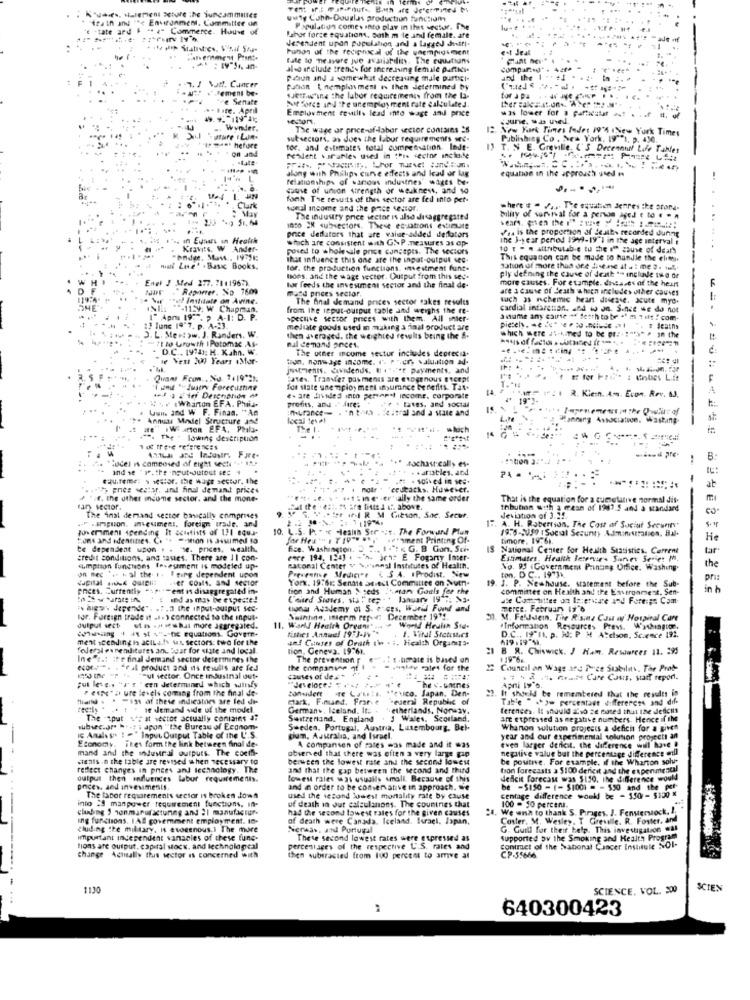
iza in and " *< Environment. Committee on
uwty Cobb-Douglas production function
-tate and . " z" Commerce. Houve of
Population comes into play in Ihet sector. The
Jerendent upon population and a lagged diffi.
Bahar forge equations, both m le and female. afe
Punon of the reciprocal of the unempidiment
et Jeat
Fate to nelsure jue availability. The euuutiuns
also include trends for increasing female partidi-
1. 1 \att. Cancer
Paliun and a somewhat decreasing male particl-
and the 1.
Tement be-
Putión { nemple ment i then determined by
e Senate
Sof fores and "Pe unemployment rate calculated.
"Jetrw'ine the labor requirements from the la-
tor J pa
April
Employment reuilly lead into wage and price
was lower for a partecur .. . .
June, was Tel.
Win
The wage ar price-ofdaber sector contains =5
12 New York Times foder 19's New York Times
sutsectors, as does the labor requirements see-
Publishing Co . New York, 19""), p. 430.
on and
hefure
tor. and estimates total compensation. Inde-
11
T. N. E. Greville ('S Derennuit Life Tables
Pe'Nent varables thed in this sector include
along with Philips curve effects and lead or lag
equation in the approach used
relationships of various industnes" wages be-
cause of union strength or weakness, and so
foch The results of thes sector are fed into per-
May
. Clark
tonal income and the price sector.
where # . / ... The equation demres the stor-
The industry price sector is also disaggregated
blity of survival for a person aged e to . . .
Into 2% sursectors. These ecuatrons estimute
Jes is the proportion of Seules recorded dunng
.. in Einars ın Health
price dedators that are value-added deflators
which are consistent with GNP measures as op-
the 3-year period 1999-19'I in the age interval i
Kravits. W Ander-
posed to wholesale price concepts. The sectors
10 t - - attributable to the off souse of death
that influence this one are the input-output sec.
This equation can be made to handle the elithi,
miall Zuse' . Basic Books.
tor. the production functions. investment fund-
sation of more than one disease at a : me 2. mul ..
Engl J Med 277. 78119672
hoes. and the wage sector. Output from this sep-
more causes. For example. dhcases of the hein
ply defining the cause of death to include two or
"Rapowner, No 7609
hor feeds the investment sector and the final de-
mood prices sector.
are s cause of death which includes other couves
War of institute on Avine.
The Anal demand prices sector cakes results
such as nchemic heart disease, acute myo.
NIE: "-1159; W Chapman.
from the input-output table and weighs the re-
cardial intaretion. and io on. Since we do not
I" Apri 19:". > A-1: D. P.
spective sector prees with them. All inter-
a vame any caire ** fetth to be "' mit!com-
:2 June 19"7. p. A .: 3.
meluate goods used in making a final product are
3. L. Ment >w. J. Randers. W.
auto Growth | Potomac As-
then averaged. the weighted results being the &-
which were #1-kmed to be pre- : "s" . on the
D.C ., 1974); M. Kuhn. W.
nul cemand ances.
The uther moume seutur includes deprecia.
..........
le Vest 200 Years .Mor-
ton, nonwage income. r. frere valuation ad.
jochents. Cuidends, I .t.ist payments, and
Quams Fcon .. No. 7.19'2.
Pates. Transfer payments are exogenous secept
Tjamit "- Justry Forecustine
for state unemployment insurance benefits. Tat+
f . IfI R. Kiein. Am. Econ. Rev. 63.
Vy Wharton EFA. Phis-
e- are divided into personal income. corporate
#' 19"]-
Www. and W F. Finas. "An
:nurance- . "non . iral and a sale and
profits, and ." fire;
- . lates, and social
Annual Model Structure and
local level
Manning Association. Washing
" W atten EFA, Phila-
The I
14
- The- lowing description
. The
No frece references
:scel is composed of eight seen + .. ..
*** sochastically es-
..
and we 're.the input-output ses 4
cau.feme: s sector, the wage sector. the
.# . saved in se ..
at
."> pnee seatsr, and final demant prices
1 motr : 'ceutacks. However.
if, the other income sector, and the mone-
. .. 1 ; ine-er'sally the same order
That is the equation for a cumtelilive normal dis-
thbution with a mean of 1987.5 and a standard
.- " -amiguion, anteument. foreign trade, and
The inal derand sector basically comprises
. ter (f R M Gibson, Sac. Secer.
Jeviaton of 3.15.
powerment spending It scutists of 131 aqua-
10. L.S. P. " K Health Str .It. The Formand Plum
IF. A. H. Robertson, The Cost of Social Security
Fons and identines. C. ** = cion is assumed to
serament Printing Of-
timore. 19761.
He
te dependent upon . . se. prices, wealth,
fice. Washington. 2 . 1 .: < G. B Com, Sci.
IS
National Center for Health Statistics. Cerrent
credit conditions, and tastes. There are Il con-
eve 194. 124] . - '>. irat E Fogarty Inter-
Estimates. Health Bereme. Surver Series M.
«umption functions Tesesment is modeled up-
on nec " .. + al the. i. I ging dependent upon
Preveane Medicine ( $ A. Prodist. New
natonal Center v \'sanal Institutes of Health.
No. 93 .Government Panang Office. Washing.
the
capital ausk Quelli
.ver coils. and sector
York. 19:61: Senate adiect Committee on Nuth-
19. J. P. Newhouse. statement before the Sub-
ton, D C ., 19"11.
pri:
FREes. Currently "spent is disaggregated in-
tion and Human & seds !. man Gouis for the
committee on Health and the Environment. Sen-
in h
:15may beeseite!
L'oued Siares, sta " tep - . January 19" :; N3.
ate Contshottes on Ie:encare and Foreign Com
aigw. depende". . 7 .2 the input-output see-
toona ANdemy of S. e Ges, Waril Funf and
merce. February 1# 6
tor. Foreign trade if ... ) connected to the input-
Neinfinn, imterm report December 19" !.
30. M. Feldstein, The Rising Com ag Hospital Care
output sect
ching + 4 st "- equations. Govem-
uf is . eshat more aggregated.
11. World Health Organs" ... . World Heulin Ste-
fishes Annuel 1953-1> "*
Information Resources Prevs. Washington.
ment scending is actLf- fx sectors: two for the
um! Cinses of Death th . .. Health Organiz5.
419 ,19'S).
D.C ., 19"I. p. Jd: P M A"cson, Science 192.
federal expenditures and bear for state and local.
tion, Geneva. 19:61.
21 8 R. Chiswick. I Ham. Resources 11. 295
Ine"est itr final Jemand sector determines the
The prevention y eut .: s.berate is based on
119-6.
ecor . . "ral product and is resulis are fed
the comparing of 1 - = . alay cates for the
" Council on Wage and Free Stabilny, The Prob-
1955 the " " "ul ietor. Once industnal out-
causes of de
.:- - - Care Cours, saff report.
;ut lets .. "s'! " cen determined which willsfy
Pete's ure levels coming from the final de-
zonaidert Te Lossis, Mexico, Japan. Den-
"Jeveloce! ...
The c.unines
Apri ly"o.
Halld . . - 131 af these indicates are led di-
mark, F.nunt. Frare "eueral Republic of
It should be remembered that the results in
Table " show percentage differences and dif-
... t . in demand side of the mouel.
Germans, Iceland. It: - * etherlands, Norway.
ferences. It should also ze noted that the deficits
The -tput *** at vector actually contains a:
Switzerland. England . 1 Wales, Scotland.
are expressed as negative numbers. Hence if the
subsec.are " .- si apon "the Bureau of Econom-
Sweden. Portugal, Austria, Luxembourg, Bel-
Whanon sulution projects a deficit for a given
Economy. ikes form the link between final de-
IS Amaless I = " Input Output Table of the L'.S.
cium. Asuralis, and Israel,
year and our experimental solution projects an
mand and the industrial outputs. The coelf-
A compansen of rates was made and it was
even larger deficit. the difference will have !
negative value but the percentage difference will
staats in the table are revmed when necessary to
berween the lowest rate and the second lowest
observed that there was often a very large gap
be positive. For example, if the Wharton solu
reffect changes in prices and technology. The
and that the gap between the second and third
tion forecasts a $100 deficit and the experimental
output then influences labur requirement.
lowest rales was usually small. Because of this
deficit forecast was $150, the difference would
onces. and investments
and in order to be conservative in approach. we
be -$150 - 1- $1001 = - $50 and the pet
into 29 manpower requirement functions, in-
The fabor requirements sector is Broken down
used the second lowest mortality rate by cause
of death in put calculanons. The countnes that
centage difference would be - 350 - 5120 *
cluding S sonmanufacturing and 21 manufactur-
had the second lowest rates for the given causes
100 - 50 percent.
We wish to thank S. Pirages. J. Fensterstock. I.
ing functions. IAf goverment employment. In-
of death were Canada. Iceland. Israel, Japan,
Coster. M. Wesley, T Greule. R. Foster, and
cluding the military, is evocenous.1 The more
Nenwas, Jod Purtugal
G. Guill for their belp. This investigation was
important independent vansales of these tune-
These second lowest rates were expressed as
supported by the Smoking and Health Program
tions are output, capital socw. and technological
percentages of the respective U.S. rates and
Conimet of the National Cancer Institute NOI-
change Actually this sector is concerned with
then subtracted from 100 percent to amve al
CP-55666
1130
SCIENCE. VOL. 3000
SCIEN
. ...
640300423